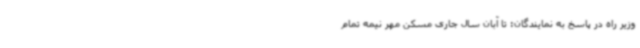
وزیر راه در پاسخ به نمایندگان: تا آبان سال جاری مسکن مهر نیمه تمام